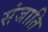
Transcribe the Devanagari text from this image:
संजाति